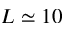
L \simeq 1 0